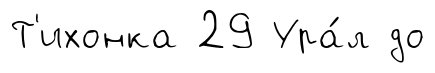
Т'ихонка 29 Ура́л до